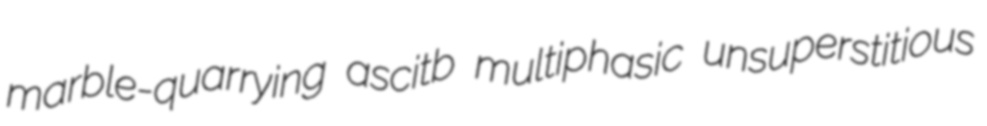
marble-quarrying ascitb multiphasic unsuperstitious